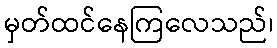
မှတ်ထင်နေကြလေသည်၊